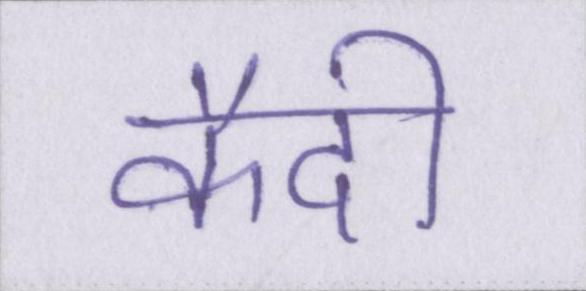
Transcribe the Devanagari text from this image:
कैदी